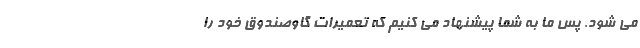
می­ شود. پس ما به شما پیشنهاد می­ کنیم که تعمیرات گاوصندوق خود را